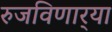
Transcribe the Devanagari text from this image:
रुजविणार्‍या